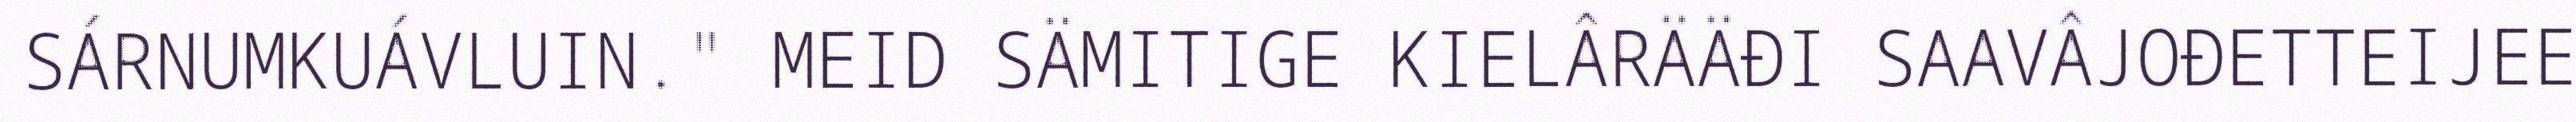
SÁRNUMKUÁVLUIN." MEID SÄMITIGE KIELÂRÄÄĐI SAAVÂJOĐETTEIJEE